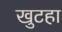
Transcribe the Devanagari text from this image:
खुटहा